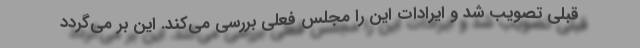
قبلی تصویب شد و ایرادات این را مجلس فعلی بررسی می‌کند. این بر می‌گردد